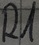
Text: R1